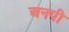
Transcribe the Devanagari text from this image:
अनपी